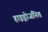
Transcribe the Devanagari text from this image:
हाइड्रोजनित